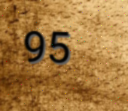
95